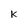
Character: K